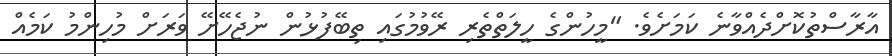
އާރާސްތުކޮށްދެއްވާނެ ކަމަށެވެ. "މީހުންގެ ހީލަތްތެރި ރޭވުމުގައި ތިބޭފުޅުން ނުޖެހޭށޭ ވަރަށް މުހިންމު ކަމެއް